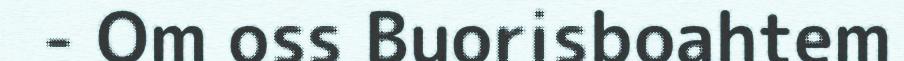
- Om oss Buorisboahtem